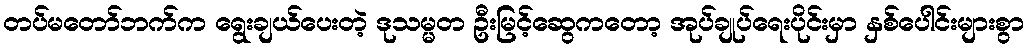
တပ်မတော်ဘက်က ရွေးချယ်ပေးတဲ့ ဒုသမ္မတ ဦးမြင့်ဆွေကတော့ အုပ်ချုပ်ရေးပိုင်းမှာ နှစ်ပေါင်းများစွာ